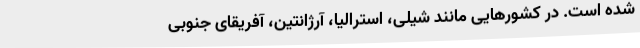
شده است. در کشورهایی مانند شیلی، استرالیا، آرژانتین، آفریقای جنوبی